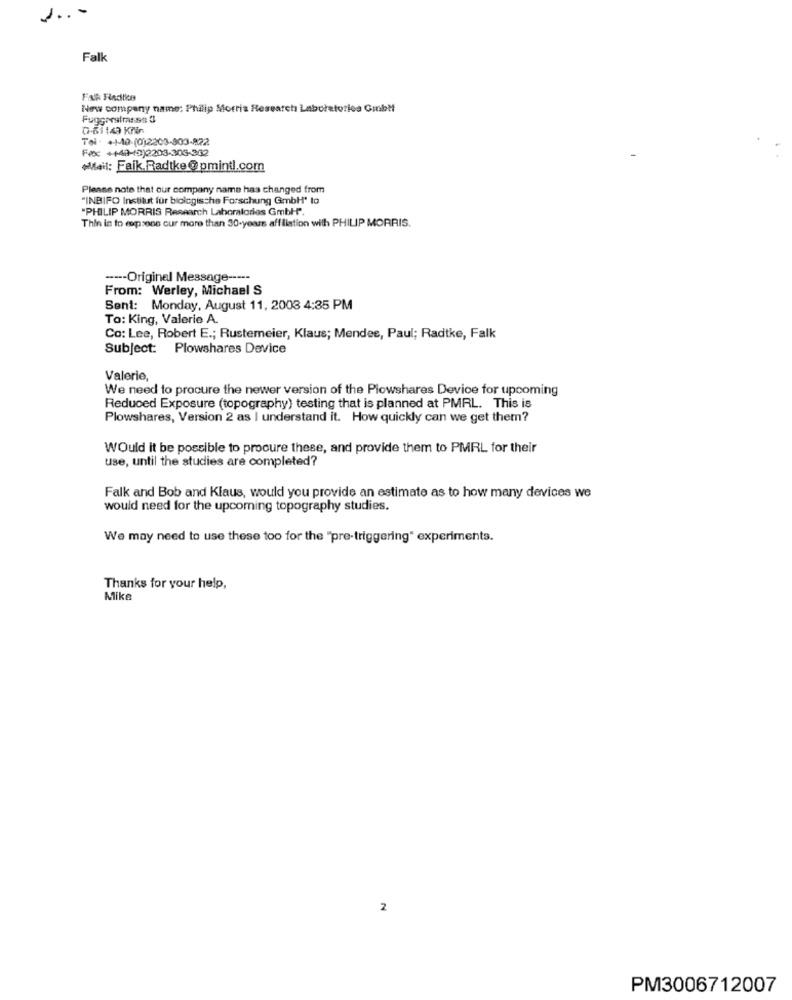
....
Fall
Falk Findtion
New company name: Philip Morris Research Laboratories Gibt
Fuggerstrasse 3
Tel: +-40-(0)2203-803-822
FAX +44-10)2203-303-302
Mail: Faik.Radtke@pmintl.com
Please note that our company name has changed from
"INBIFO Institut für bicicgische Forschung GmbH' to
"PHILIP MORRIS Research Laboratories GmbH-"".
Thin in to compsene cur more than 30-years affiliation with PHILIP MORRIS.
---- Original Message -----
From: Werley, Michael S
Sent: Monday, August 11, 2003 4:35 PM
To: King, Valerie A.
Co: Lee, Robert E .; Rustemeier, Klaus; Mendee, Paul; Radtke, Falk
Subject: Plowshares Device
Valerie,
We need to procure the newer version of the Plowshares Device for upcoming
Reduced Exposure (topography) testing that is planned at PMRL. This is
Plowshares, Version 2 as I understand it. How quickly can we get them?
Would it be possible to procure these, and provide them to PMRL for their
use, until the studies are completed?
Falk and Bob and Klaus, would you provide an estimate as to how many devices we
would need for the upcoming topography studies.
We may need to use these too for the "pre-triggering" experiments.
Thanks for your help,
Mike
2
PM3006712007